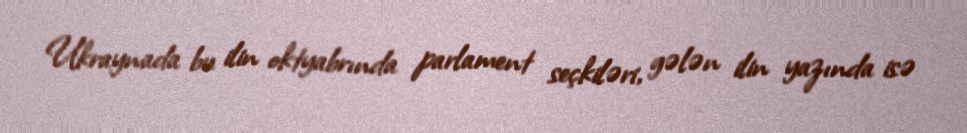
Ukraynada bu ilin oktyabrında parlament seçkiləri, gələn ilin yazında isə